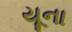
યૂના